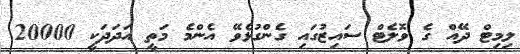
ލިމިޓް ދޭއް ގެ ވޮލެޓް ސައިޒުގައި ގެންގުޅެވޭ އެންމެ މަތީ އަދަދަކީ 20000